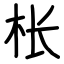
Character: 枨